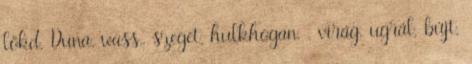
lökd, Duna, wass,, szeget, hulkhogan, . virág, ugrál, bújt,